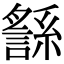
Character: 䌛